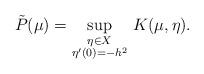
LaTeX: \begin{align*}\tilde{P}(\mu)=\sup_{\substack{\eta\in X\\\eta'(0)=-h^{2}}}\,K(\mu,\eta).\end{align*}